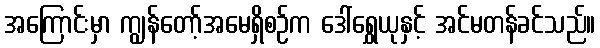
အကြောင်းမှာ ကျွန်တော့်အမေရှိစဉ်က ဒေါ်ရွှေယုနှင့် အင်မတန်ခင်သည်။